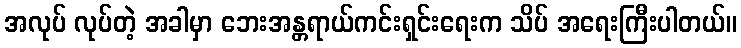
အလုပ် လုပ်တဲ့ အခါမှာ ဘေးအန္တရာယ်ကင်းရှင်းရေးက သိပ် အရေးကြီးပါတယ်။